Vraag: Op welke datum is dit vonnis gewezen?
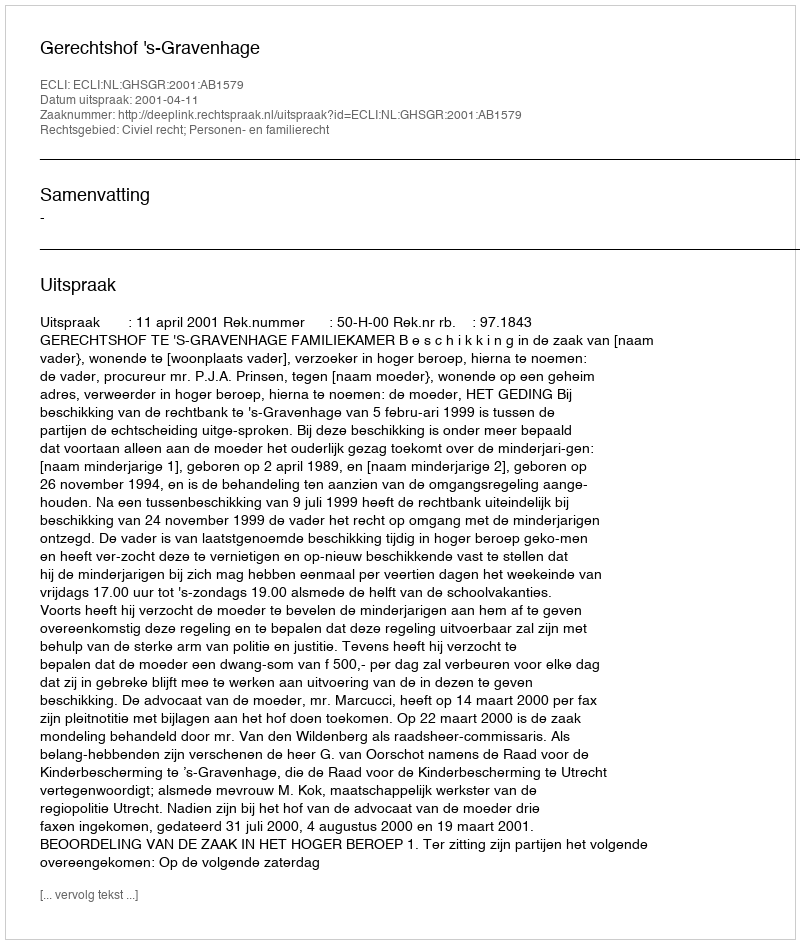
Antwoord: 2001-04-11